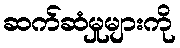
ဆက်ဆံမှုများကို